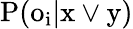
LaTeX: \mathrm{{P}(o_{i}\vert x\vee y)}